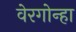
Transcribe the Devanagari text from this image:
वेरगोन्हा